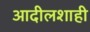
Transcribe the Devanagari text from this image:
आदीलशाही